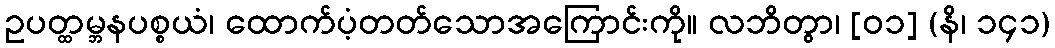
ဥပတ္ထမ္ဘနပစ္စယံ၊ ထောက်ပံ့တတ်သောအကြောင်းကို။ လဘိတွာ၊ [၀၁] (နိ၊ ၁၄၁)